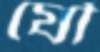
যৌ